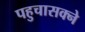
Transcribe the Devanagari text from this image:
पहुचासक्ने